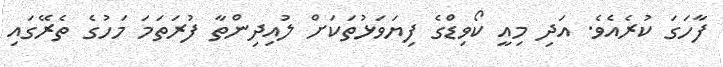
ފާހަގަ ކުރެއެވެ. އަދި މިއީ ކޯވިޑްގެ ފިޔަވަޅުތަކަށް ލުއިދިންތާ ފުރަތަމަ މަހުގެ ތެރޭގައި